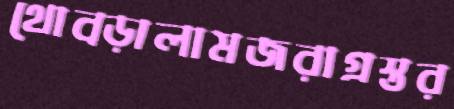
থোব্‌ড়ালামজরাগ্রস্তর